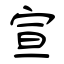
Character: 宣